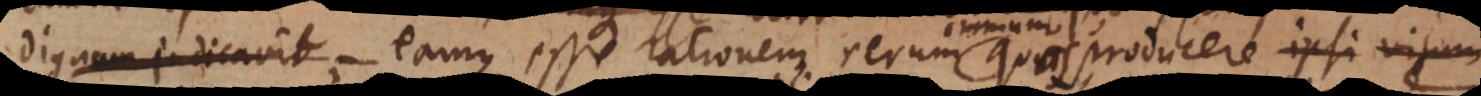
dignum judicavit, eamque esse rationem rerum quas producere ipsi visum